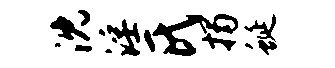
沈淫氏揭蜒